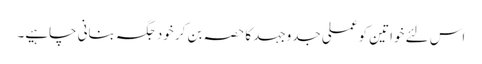
اس لئے خواتین کو عملی جدوجہد کا حصہ بن کر خود جگہ بنانی چاہیے۔